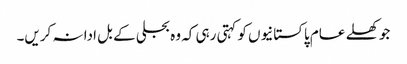
جو کھلے عام پاکستانیوں کو کہتی رہی کہ وہ بجلی کے بل ادا نہ کریں۔